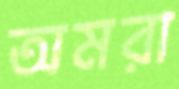
অমরা